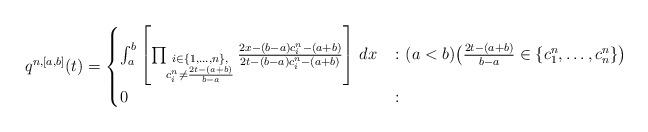
LaTeX: \begin{align*} q^{n,[a,b]}(t)=\begin{cases} \int_a^b \left[\prod_{\substack{i\in\{1,\ldots,n\},\\ c_i^n\neq \frac{2t-(a+b)}{b-a}}} \tfrac{2x-(b-a)c_i^n-(a+b)}{2t-(b-a)c_i^n-(a+b)}\right]\,dx &\colon (a<b) \big(\frac{2t-(a+b)}{b-a}\in\{c_1^n,\ldots,c_n^n\}\big)\\ 0&\colon \end{cases} \end{align*}